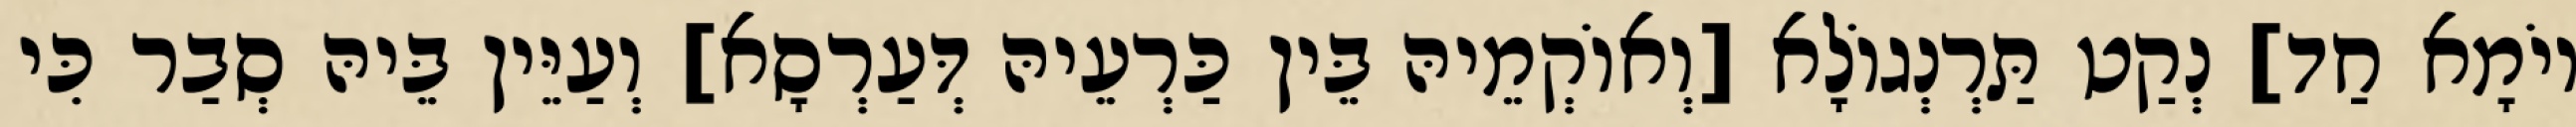
יוֹמָא חַד] נְקַט תַּרְנְגוֹלָא [וְאוֹקְמֵיהּ בֵּין כַּרְעֵיהּ דְּעַרְסָא] וְעַיֵּין בֵּיהּ סְבַר כִּי